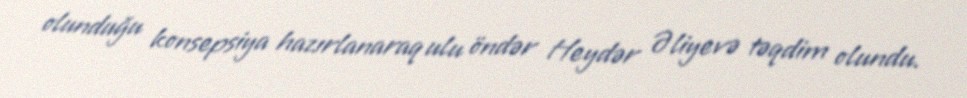
olunduğu konsepsiya hazırlanaraq ulu öndər Heydər Əliyevə təqdim olundu.